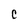
Character: C